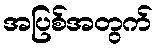
အပြစ်အတွက်